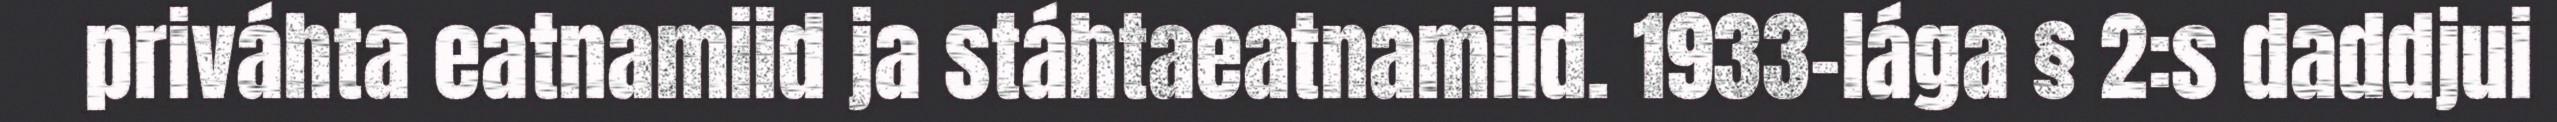
priváhta eatnamiid ja stáhtaeatnamiid. 1933-lága § 2:s daddjui